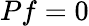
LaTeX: Pf=0